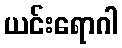
ယင်းရောဂါ